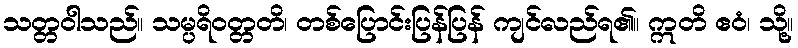
သတ္တဝါသည်။ သမ္ပရိဝတ္တတိ၊ တစ်ပြောင်းပြန်ပြန် ကျင်လည်ရ၏။ ဣတိ ဧဝံ၊ သို့။